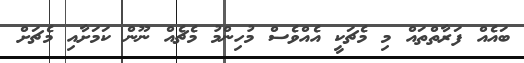
ބައެއް ފަރާތްތައް މި މެޗަކީ އެއްވެސް މުހިންމު މެޗެއް ނޫން ކަމަށާއި މެޗަށް